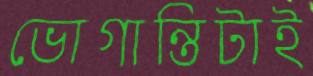
ভোগান্তিটাই